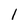
Character: l